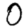
Digit: 0